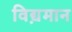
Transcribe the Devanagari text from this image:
विद्य़मान